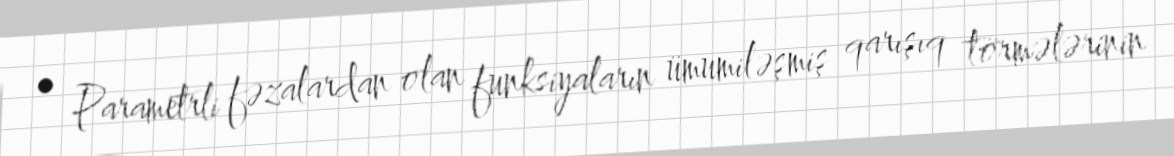
• Parametrli fəzalardan olan funksiyaların ümumiləşmiş qarışıq törmələrinin